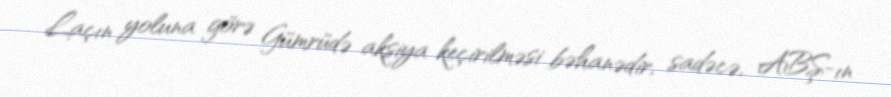
Laçın yoluna görə Gümrüdə aksiya keçirilməsi bəhanədir, sadəcə, ABŞ-ın